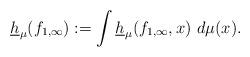
LaTeX: \begin{align*}\underline{h}_{\mu}(f_{1,\infty}):=\int \underline{h}_{\mu}(f_{1,\infty},x)\ d\mu(x).\end{align*}